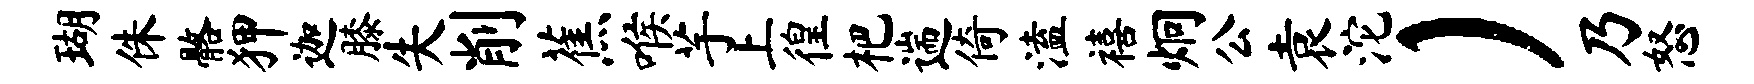
瑚侏髂狎迦膝失削蕉喉芋上徨杷遄倚溘禧炯公袁沱）乃怒